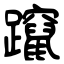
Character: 躥